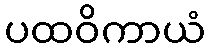
ပထဝိကာယံ